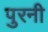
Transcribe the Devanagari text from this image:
पुरनी